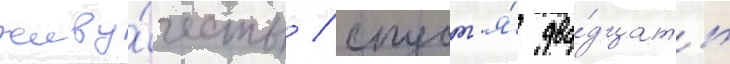
живу́честь / спуст'я́ два́дцать